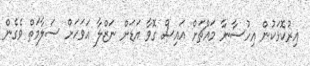
އިރުކޮޅަކުން އިހުސާނާ މައްޗަށް އައިސް ގޮވާ އަޑަށް ނަޒްލާ އަވަހަށް ސަލާމަތް ވެގެން